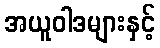
အယူဝါဒများနှင့်